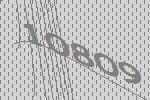
10809